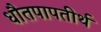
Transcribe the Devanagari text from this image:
धौतपापतीर्थ